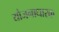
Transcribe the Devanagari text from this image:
योजनाधारक